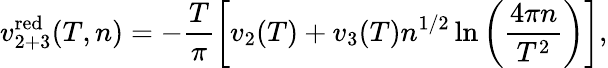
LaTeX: v_{2+3}^{\mathrm{red}}(T,n)=-\frac{T}{\pi}\left[v_{2}(T)+v_{3}(T)n^{1/2}\ln\left(\frac{4\pi n}{T^{2}}\right)\right],